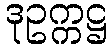
ဒုဥက္ကဋ္ဌ